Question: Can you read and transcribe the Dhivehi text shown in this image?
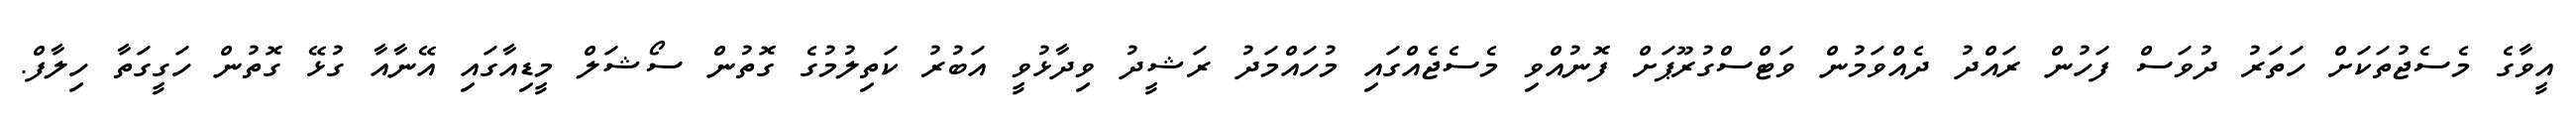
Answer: އީވާގެ މެސެޖުތަކަށް ހަތަރު ދުވަސް ފަހުން ރައްދު ދެއްވަމުން ވަޓްސްގުރޫޕަށް ފޮނުއްވި މެސެޖެއްގައި މުހައްމަދު ރަޝީދު ވިދާޅުވީ އަބުރު ކަތިލުމުގެ ގޮތުން ސޯޝަލް މީޑިއާގައި އޭނާއާ ގުޅޭ ގޮތުން ހަގީގަތާ ހިލާފް.